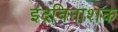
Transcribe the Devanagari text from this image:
इंद्रविनाशक